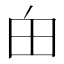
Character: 甶